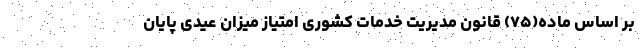
بر اساس ماده(۷۵) قانون مدیریت خدمات کشوری امتیاز میزان عیدی پایان